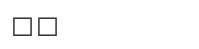
٤١